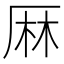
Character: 𠩵